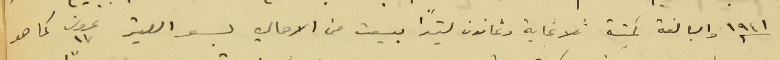
١٩٤١ والبالغة كميتة ثلاثماية وثمانون ليتراً بيعت من الاهالي بسعر الليتر ١٧ غروش كما هو